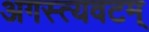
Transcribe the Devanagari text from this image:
अगस्त्यवटम्